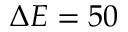
\Delta E = 5 0